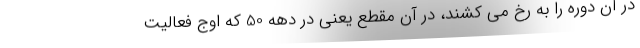
در آن دوره را به رخ می کشند، در آن مقطع یعنی در دهه 50 که اوج فعالیت